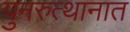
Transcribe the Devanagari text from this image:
पुनरुत्थानात